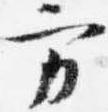
方